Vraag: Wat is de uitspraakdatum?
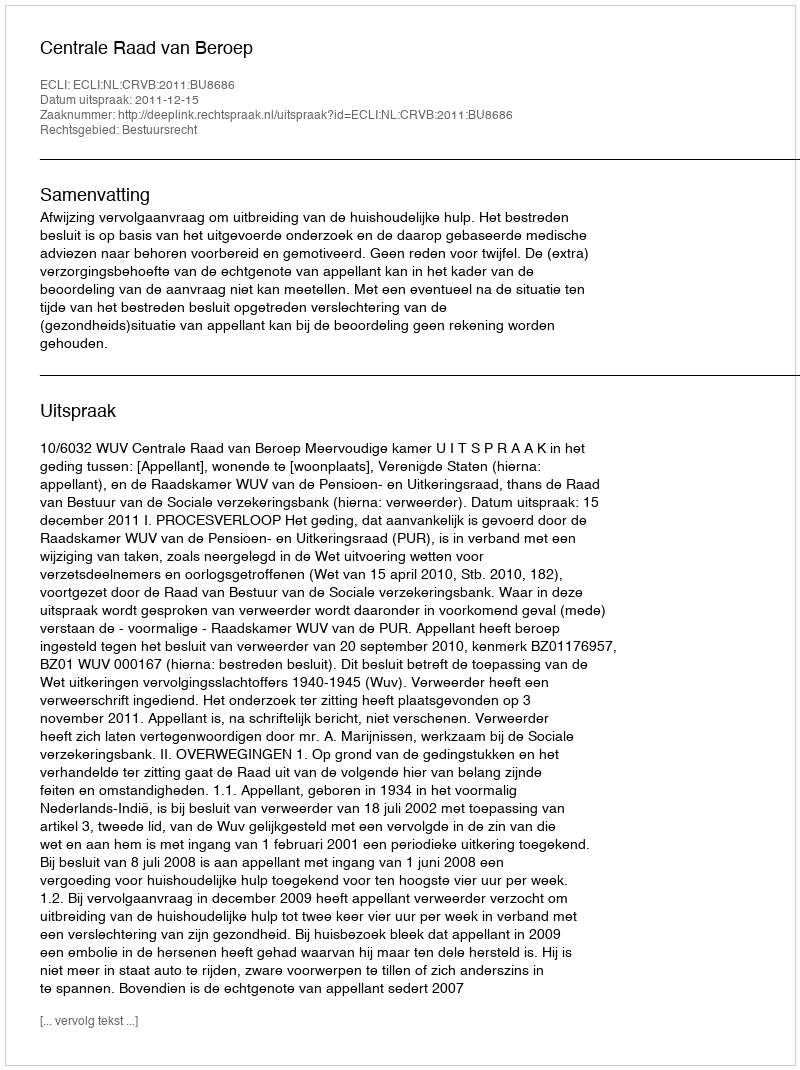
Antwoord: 2011-12-15